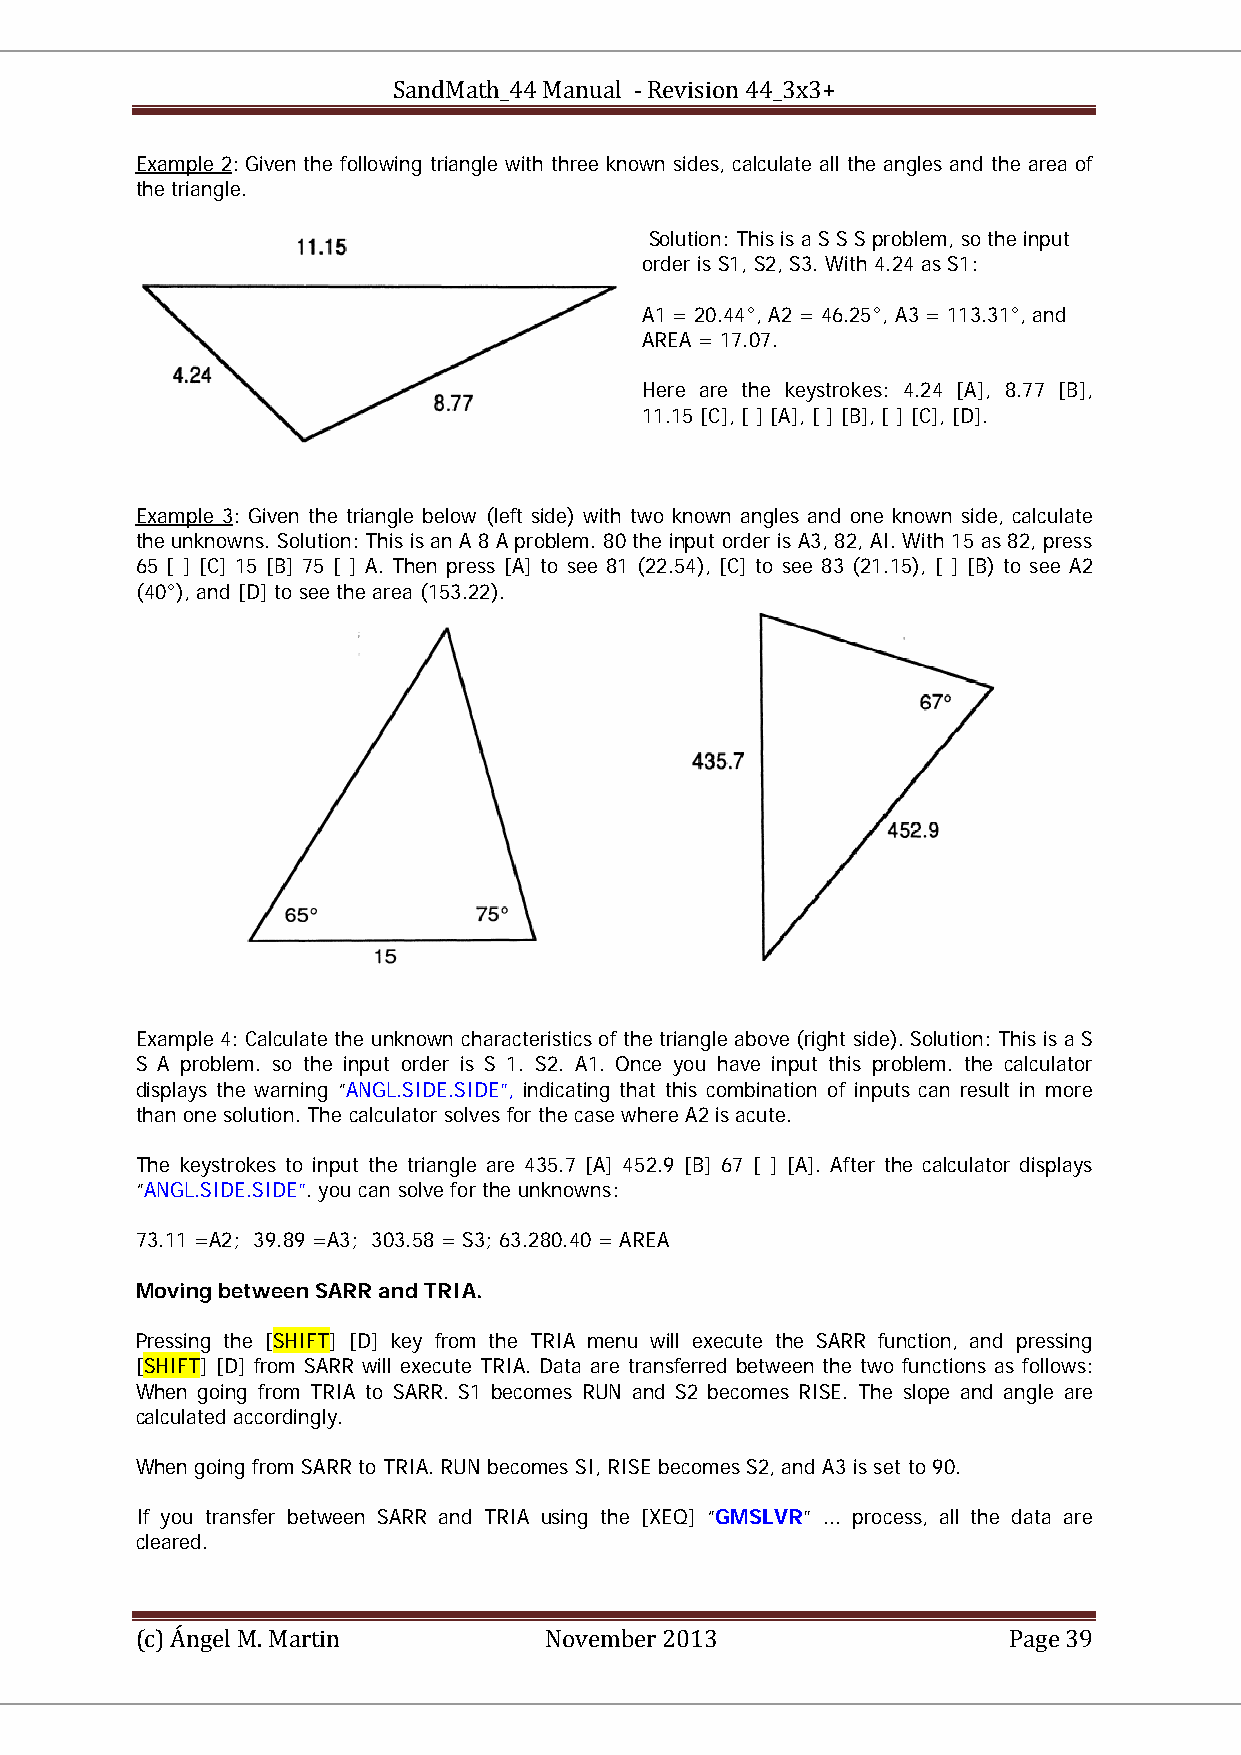
SandMath_44 Manual - Revision 44_3x3+
 Example 2: Given the following triangle with three known sides, calculate all the angles and the area of
 the triangle.
 Solution: This is a S S S problem, so the input
 order is S1, S2, S3. With 4.24 as S1:
 A1 = 20.44°, A2 = 46.25°, A3 = 113.31°, and
 AREA = 17.07.
 Here are the keystrokes: 4.24 [A], 8.77 [B],
 11.15 [C], [ ] [A], [ ] [B], [ ] [C], [D].
 Example 3: Given the triangle below (left side) with two known angles and one known side, calculate
 the unknowns. Solution: This is an A 8 A problem. 80 the input order is A3, 82, AI. With 15 as 82, press
 65 [ ] [C] 15 [B] 75 [ ] A. Then press [A] to see 81 (22.54), [C] to see 83 (21.15), [ ] [B) to see A2
 (40°), and [D] to see the area (153.22).
 Example 4: Calculate the unknown characteristics of the triangle above (right side). Solution: This is a S
 S A problem. so the input order is S 1. S2. A1. Once you have input this problem. the calculator
 displays the warning “ANGL.SIDE.SIDE”, indicating that this combination of inputs can result in more
 than one solution. The calculator solves for the case where A2 is acute.
 The keystrokes to input the triangle are 435.7 [A] 452.9 [B] 67 [ ] [A]. After the calculator displays
 “ANGL.SIDE.SIDE”. you can solve for the unknowns:
 73.11 =A2; 39.89 =A3; 303.58 = S3; 63.280.40 = AREA
 Moving between SARR and TRIA.
 Pressing the [SHIFT] [D] key from the TRIA menu will execute the SARR function, and pressing
 [SHIFT] [D] from SARR will execute TRIA. Data are transferred between the two functions as follows:
 When going from TRIA to SARR. S1 becomes RUN and S2 becomes RISE. The slope and angle are
 calculated accordingly.
 When going from SARR to TRIA. RUN becomes SI, RISE becomes S2, and A3 is set to 90.
 If you transfer between SARR and TRIA using the [XEQ] “GMSLVR” ... process, all the data are
 cleared.
 (c) Ángel M. Martin        November 2013                  Page 39